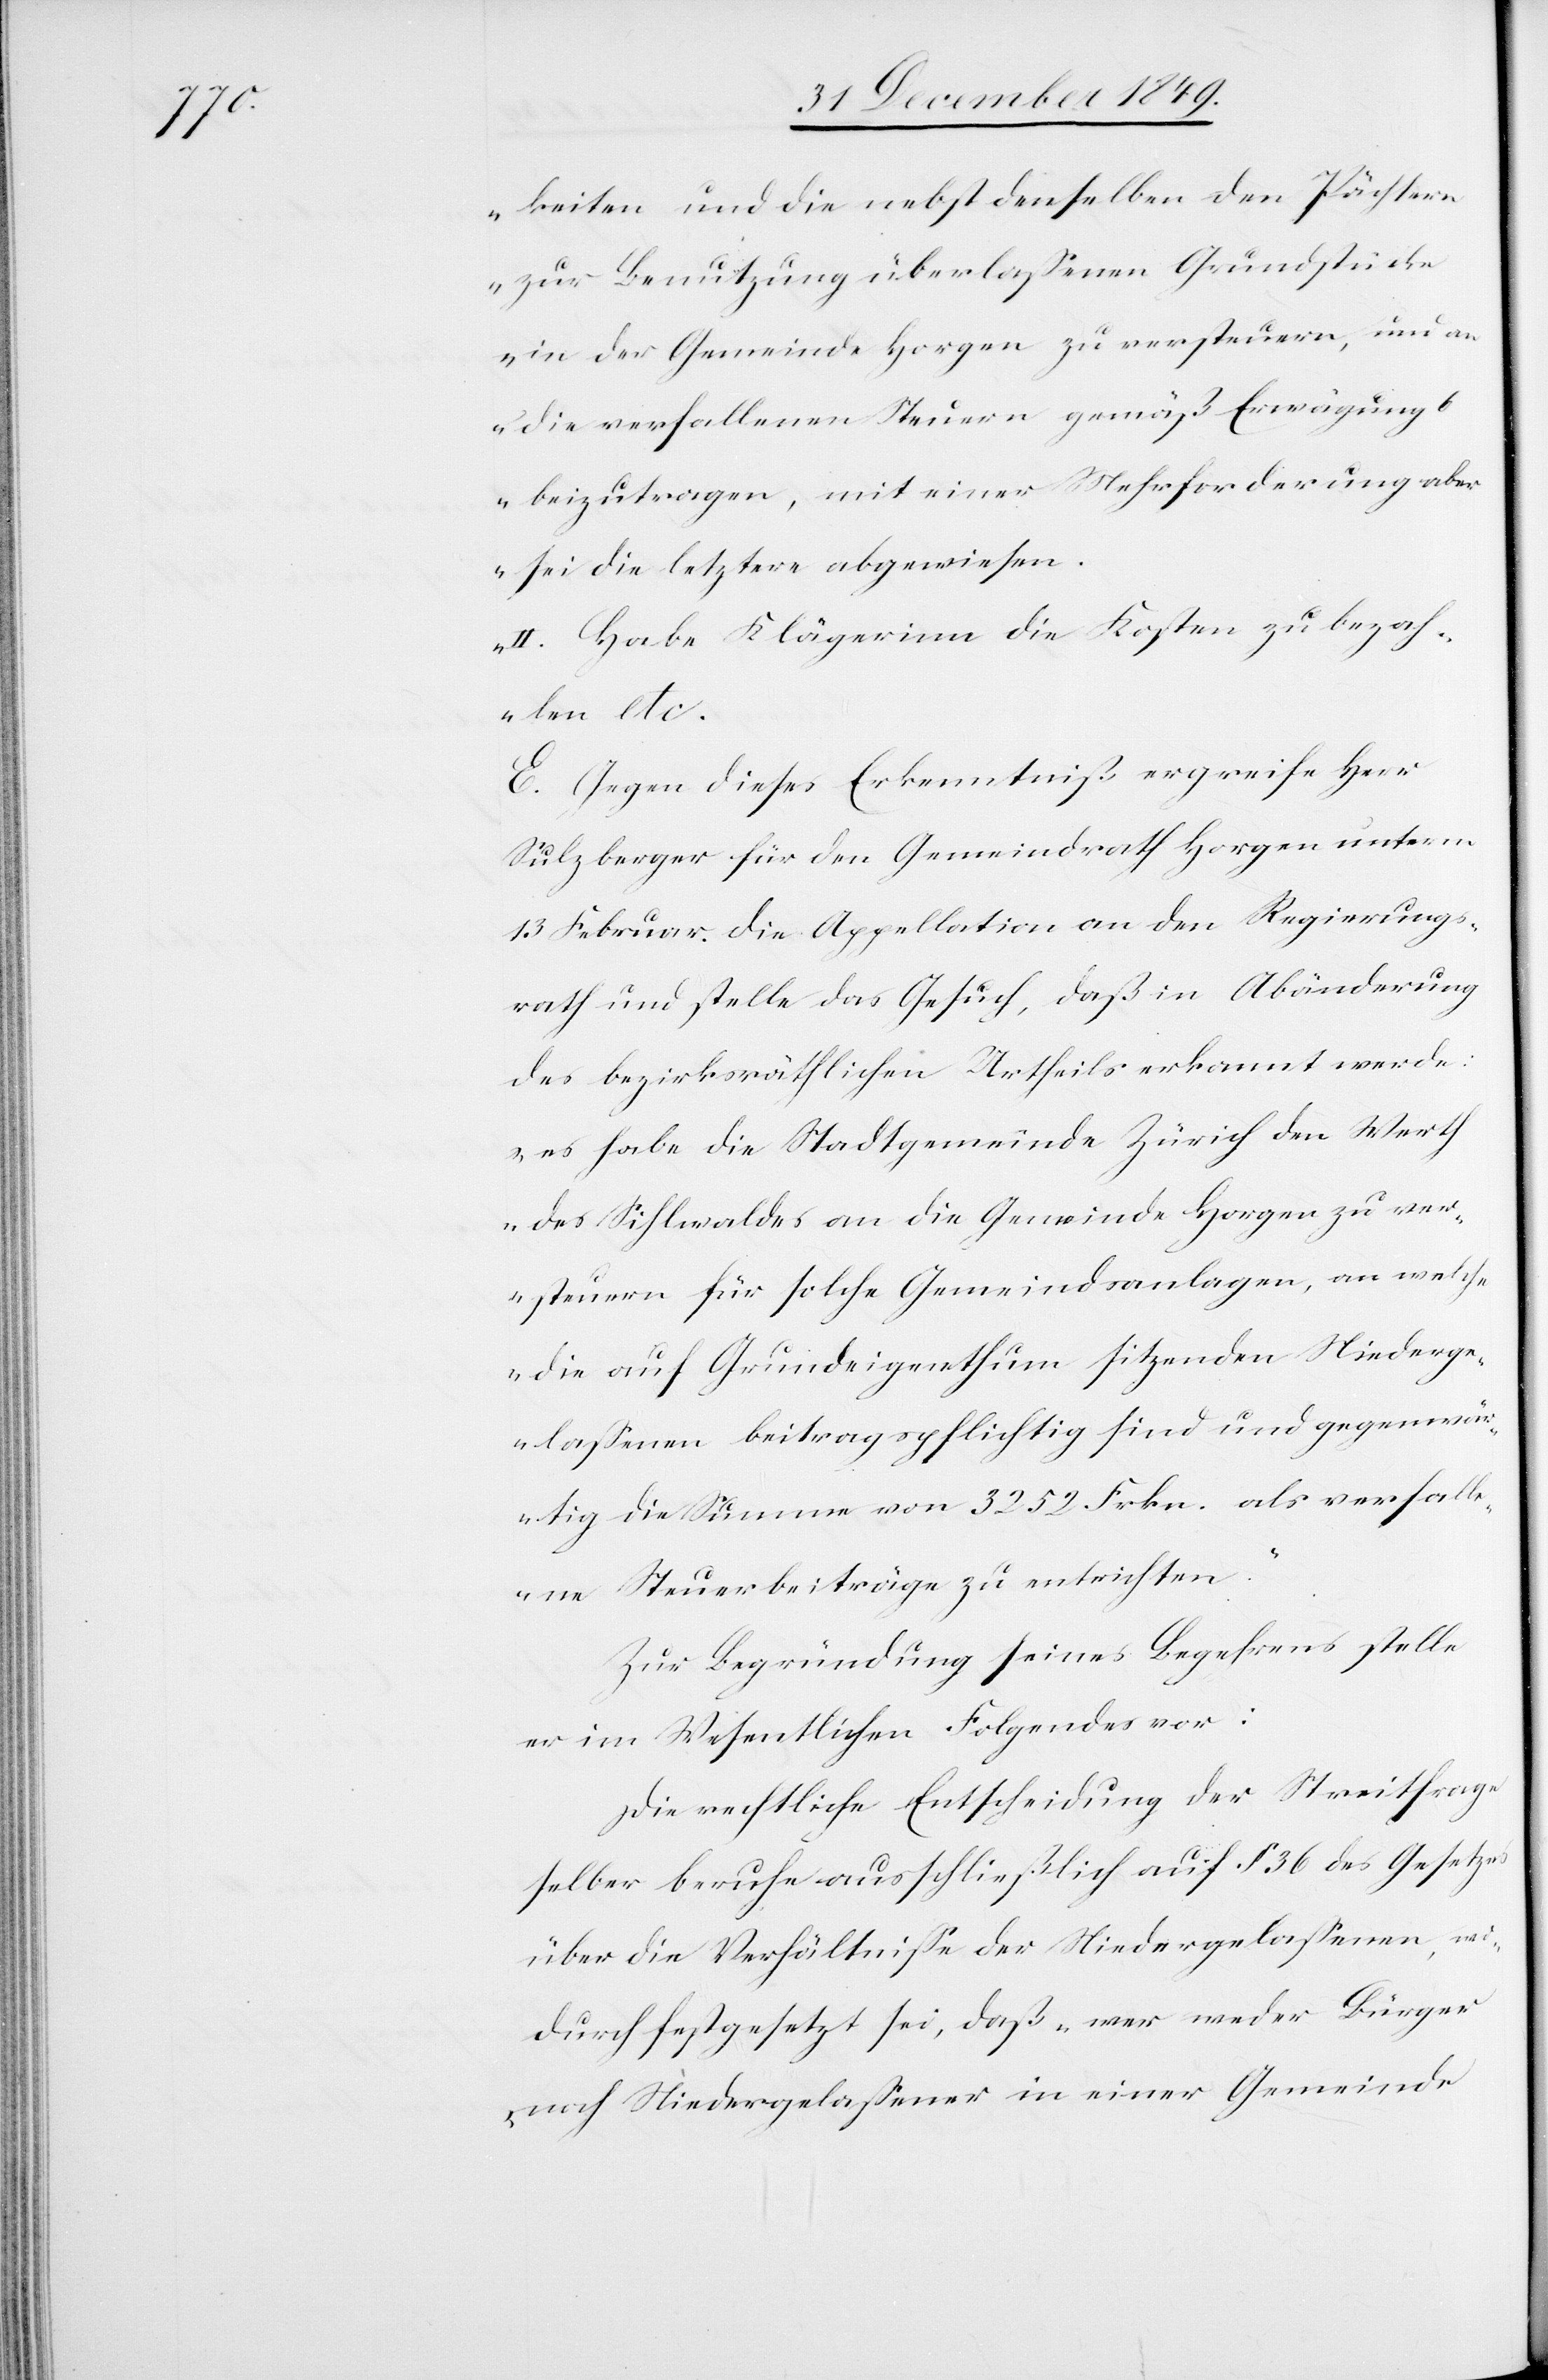
keiten und die nebst denselben den Pächtern
zur Benutzung überlaßenen Grundstücke
in der Gemeinde Horgen zu versteuern, und an
die verfallenen Steuern gemäß Erwägung
beizutragen, mit einer Mehrforderung aber
sei die letztere abgewiesen.
E. Gegen dieses Erkenntniß ergreife Herr
Sulzberger für den Gemeindrath Horgen unterm
13 Februar die Appellation an den Regierungs¬
rath und stelle das Gesuch, daß in Abänderung
des bezirksräthlichen Urtheils erkannt werde:
es habe die Stadtgemeinde Zürich den Werth
des Sihlwaldes an die Gemeinde Horgen zu ver¬
steuern für solche Gemeindsanlagen, welche
die auf Grundeigenthum sitzenden Niederge¬
laßenen beitragspflichtig sind und gegenwär¬
tig die Summe von 3252 Frkn. als verfall¬
ene Steuerbeiträge zu entrichten.“
Zur Begründung seines Begehrens stelle
er im Wesentlichen Folgendes vor:
Die rechtliche Entscheidung der Streitfrage
selber beruhe ausschließlich auf § 36 des Gesetzes
über die Verhältniße der Niedergelaßenen, wo¬
durch festgesetzt sei, daß „wer weder Bürger
noch Niedergelaßener in einer Gemeinde